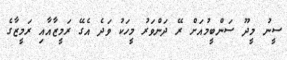
ސީނު މީދޫ ސަންބީމުއަށް ރޭ ދަންވަރު މީހަކު ވަދެ އެގޭ ރަމީޒާއާއި ރަމީޒާގެ